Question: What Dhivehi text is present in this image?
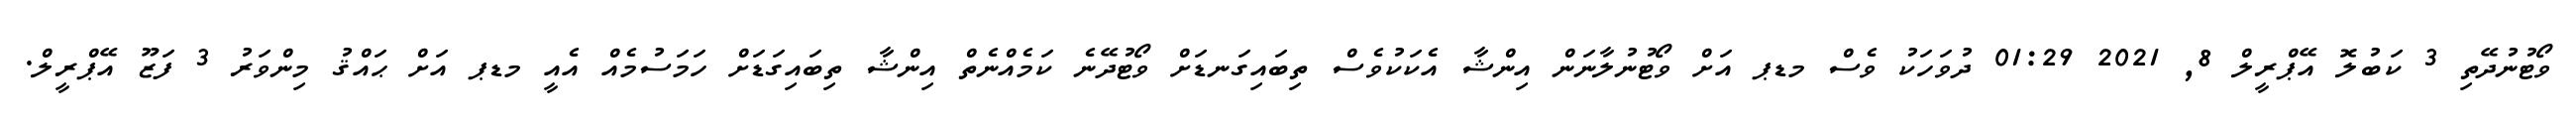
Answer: ވޯޓުނުދޭތި 3 ކަބުލޮ އޭޕްރީލް 8, 2021 01:29 ދުވަހަކު ވެސް މޑޕ އަށް ވޯޓުނުލާނަން އިންޝާ އެކަކުވެސް ތިބައިގަނޑަށް ވޯޓުދޭނެ ކަމެއްނެތް އިންޝާ ތިބައިގަޑަށް ހަމަސުމެއް އެއީ މޑޕ އަށް ޙައްޤު މިންވަރު 3 ފަޒޫ އޭޕްރީލް.